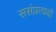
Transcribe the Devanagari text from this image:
ससंप्रत्ययो